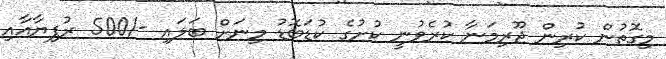
މިގޮތުން ކުރިން ޖޫރިމަނާ ކުރެވުނީ ކުށުގެ ކުޑަބޮޑު މިނަށް ބަލައި -/500 ރުފިޔާއާއި